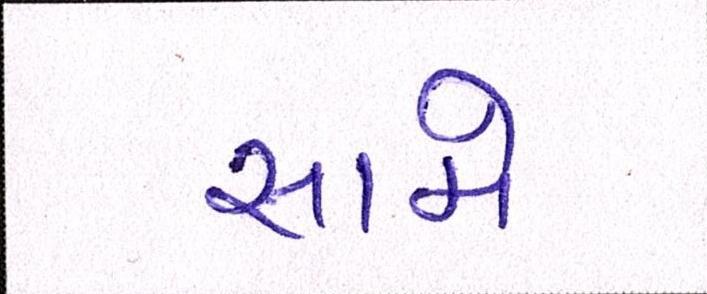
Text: સામે